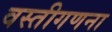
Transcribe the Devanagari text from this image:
वस्तीगणना